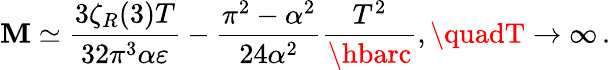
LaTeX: \mathbf{M}\simeq\frac{{3\zeta_{R}(3)T}}{{32\pi^{3}\alpha\varepsilon}}-\frac{{\pi^{2}-\alpha^{2}}}{{24\alpha^{2}}}\frac{{T^{2}}}{{\hbarc}},\quadT\to\infty\, {.}